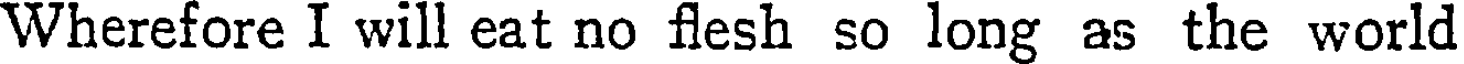
Wherefore I will eat no flesh so long as the world